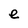
Character: e